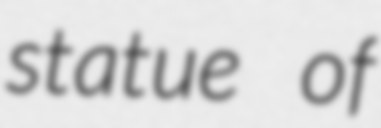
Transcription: statue of